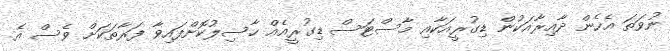
ނުވަތަ އެހެން ދާއިރާއަކުން ޑިގުރީއަކާއި މާސްޓަސް ޑިގުރީއެއް ހާސިލުކޮށްފައިވާ ފަރާތަކަށް ވެސް އެ